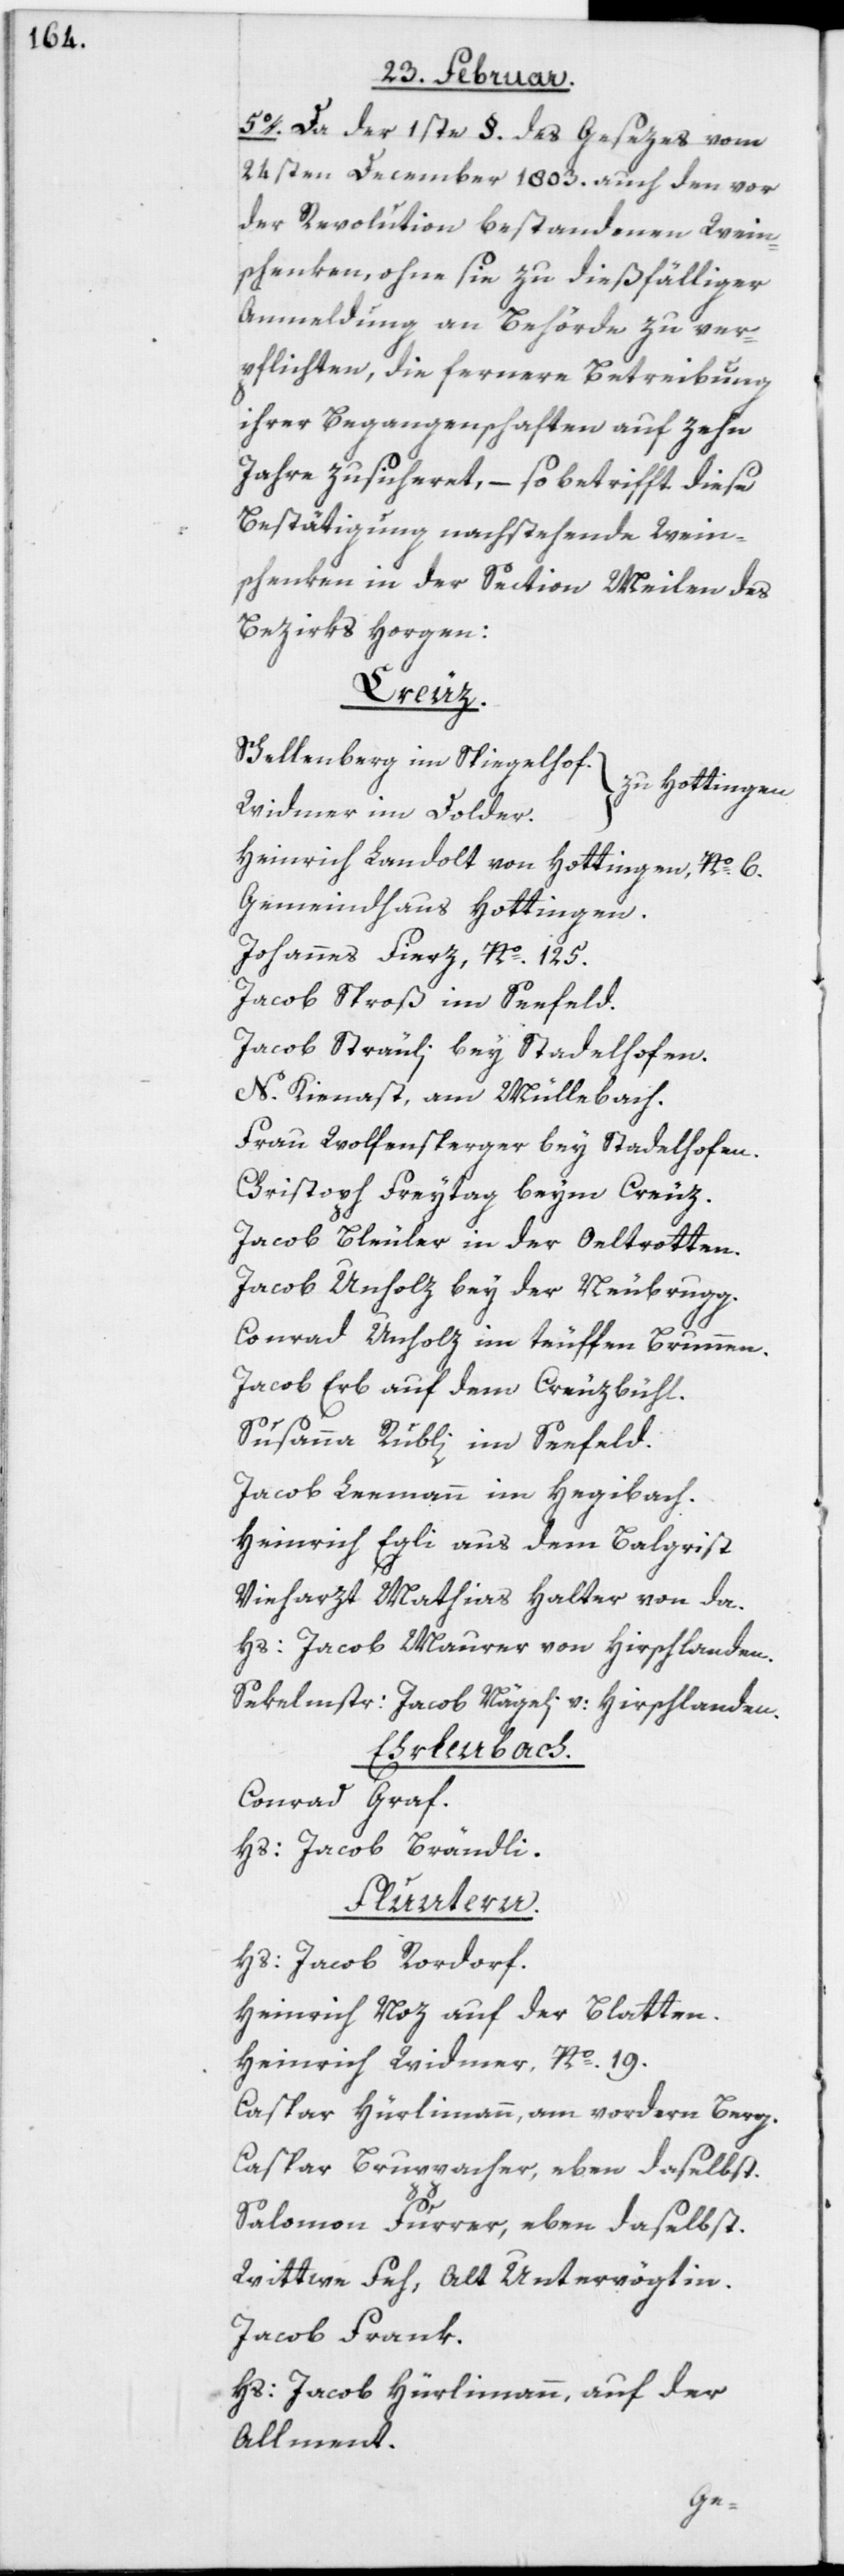
5o. Da der 1ste §. des Gesezes vom
24sten December 1803. auch den vor
der Revolution bestandenen Wein¬
schenken, ohne sie zu dießfälliger
Anmeldung an Behörde zu ver¬
pflichten, die fernere Betreibung
ihrer Begangenschaften auf zehn
Jahre zusicheret, – so betrifft diese
Bestätigung nachstehende Wein¬
schenken in der Section Meilen des
Bezirks Horgen:
Creuz.
Schellenberg im Spiegelhof.
[zu Hottingen]
Widmer im Dolder.
Heinrich Landolt von Hottingen, No. 6.
Gemeindhaus Hottingen.
Johannes Fierz, No. 125.
Jacob Sproß im Seefeld.
Jacob Sträuli bey Stadelhofen.
N. Kienast, am Müllebach.
Frau Wolfensperger bey Stadelhofen.
Christoph Freytag beym Creuz.
Jacob Bleuler in der Oeltrotten.
Jacob Unholz bey der Neubrugg.
Conrad Unholz im teuffen Brunnen.
Jacob Erb auf dem Creuzbühl.
Susanna Rubli im Seefeld.
Jacob Leemann im Hegibach.
Heinrich Egli aus dem Balgrist
Vieharzt Mathias Halter von da.
Hs: Jacob Maurer von Hirschlanden.
Sekelmstr: Jacob Nägeli v:
Hirslanden.
Ehrlenbach.
Conrad Graf.
Hs: Jacob Brändli.
Fluntern.
Hs: Jacob Rordorf.
Heinrich Noz auf der Blatten.
Heinrich Widmer, No. 19.
Caspar Hürlimann, am vordern Berg.
Caspar Bruppacher, eben daselbst.
Salomon Furrer, eben daselbst.
Wittwe Feh, Alt Untervögtin.
Jacob Frank.
Hs: Jacob Hürlimann, auf der
Allment.